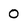
Character: 0